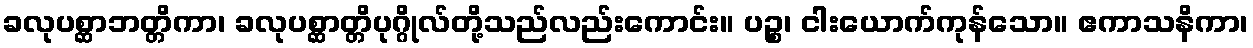
ခလုပစ္ဆာဘတ္တိကာ၊ ခလုပစ္ဆာတ္တိပုဂ္ဂိုလ်တို့သည်လည်းကောင်း။ ပဉ္စ၊ ငါးယောက်ကုန်သော။ ဧကာသနိကာ၊